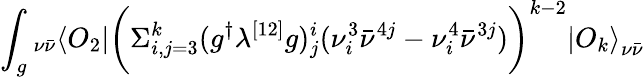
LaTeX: \int_{g}{}_{\nu\bar{\nu}}\langle O_{2}|\biggl(\Sigma_{i,j=3}^{k}(g^{\dagger}\lambda^{[12]}g)_{j}^{i}(\nu_{i}^{3}{\bar{\nu}}^{4j}-\nu_{i}^{4}{\bar{\nu}}^{3j})\biggr)^{k-2}{|O_{k}\rangle}_{\nu\bar{\nu}}